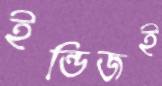
ইন্ডিজই